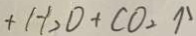
+ H _ { 2 } D + C O _ { 2 } \uparrow